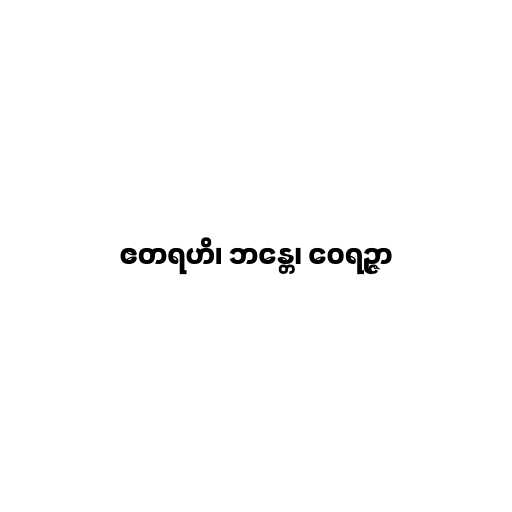
ဧတရဟိ၊ ဘန္တေ၊ ဝေရဉ္ဇာ